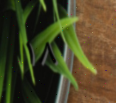
١٨